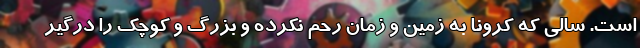
است. سالی که کرونا به زمین و زمان رحم نکرده و بزرگ و کوچک را درگیر